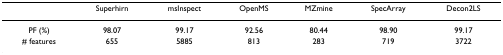
|  | Superhirn | msInspect | OpenMS | MZmine | SpecArray | Decon2LS |
 | --- | --- | --- | --- | --- | --- | --- |
 | PF (%) | 98.07 | 99.17 | 92.56 | 80.44 | 98.90 | 99.17 |
 | # features | 655 | 5885 | 813 | 283 | 719 | 3722 |